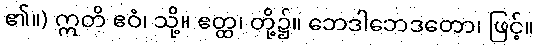
၏။) ဣတိ ဧဝံ၊ သို့။ ဧတ္ထ၊ တို့၌။ ဘေဒါဘေဒတော၊ ဖြင့်။